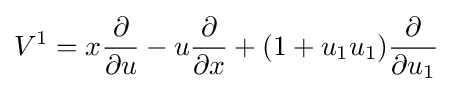
V^{1}=x{\frac {\partial }{\partial u}}-u{\frac {\partial }{\partial x}}+(1+u_{1}u_{1}){\frac {\partial }{\partial u_{1}}}